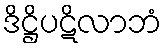
ဒိဋ္ဌိပဋိလာဘံ